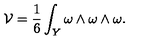
{ \cal V } = \frac { 1 } { 6 } \int _ { Y } \omega \wedge \omega \wedge \omega .